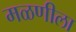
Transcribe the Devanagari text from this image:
मळणीला